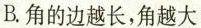
B.角的边越长，角越大